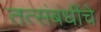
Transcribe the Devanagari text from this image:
तत्संबंधींचे